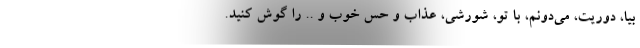
بیا، دوریت، می‌دونم، با تو، شورشی، عذاب و حس خوب و .. را گوش کنید.